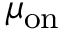
\mu _ { \mathrm { o n } }